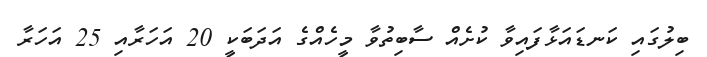
ބިލުގައި ކަނޑައަޅާފައިވާ ކުށެއް ސާބިތުވާ މީހެއްގެ އަދަބަކީ 20 އަހަރާއި 25 އަހަރާ